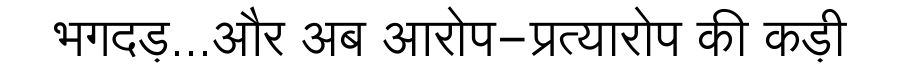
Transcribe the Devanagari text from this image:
भगदड़...और अब आरोप-प्रत्यारोप की कड़ी